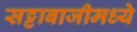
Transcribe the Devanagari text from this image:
सट्टाबाजीमध्ये